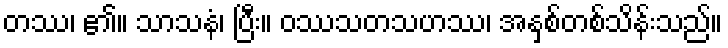
တဿ၊ ၏။ သာသနံ၊ ပြီး။ ဝဿသတသဟဿ၊ အနှစ်တစ်သိန်းသည်။